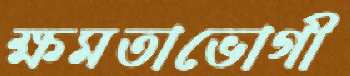
ক্ষমতাভোগী